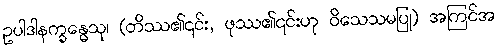
ဥပါဒါနက္ခန္ဓေသု၊ (တိဿ၏၎င်း, ဖုဿ၏၎င်းဟု ဝိသေသမပြု) အကြင်အ